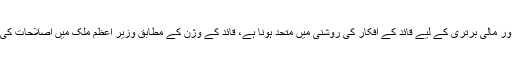
ہمیں سیاسی، سماجی اور مالی برتری کے لیے قائد کے افکار کی روشنی میں متحد ہونا ہے، قائد کے وژن کے مطابق وزیر اعظم ملک میں اصلاحات کی طرف رواں دواں ہیں۔